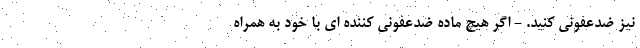
نیز ضدعفونی کنید. - اگر هیچ ماده ضدعفونی کننده ای با خود به همراه